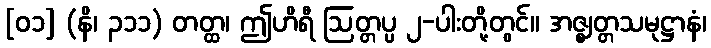
[၀၁] (နိ၊ ၃၁၁) တတ္ထ၊ ဤဟိရီ ဩတ္တပ္ပ ၂-ပါးတို့တွင်။ အဇ္ဈတ္တသမုဋ္ဌာနံ၊